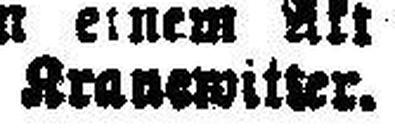
Kranewitter.